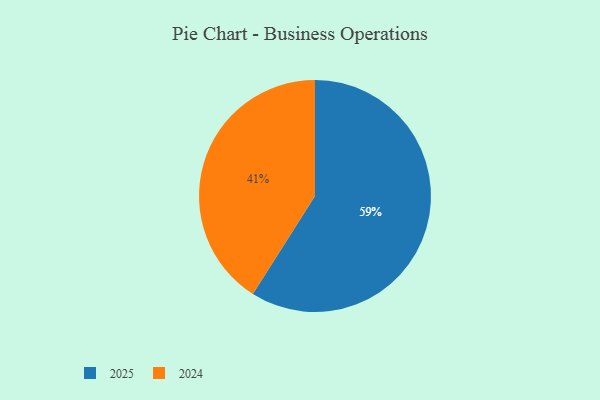
{"axis": {"x": "Category", "y": "Percentage"}, "legend": ["2024", "2025"], "data": [{"x": "2024", "y": 41, "type": "2024"}, {"x": "2025", "y": 59, "type": "2025"}]}